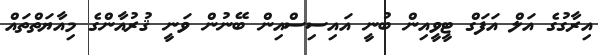
އިރާގުގެ އަލް އަފަގް ޓީވީއިން ބުނީ އައިސިސްއިން ބޭނުން ވަނީ ޤުރުއާންގެ މިއާޔަތްތައް